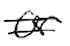
Text: or
Cross-out: double-line
Writing tool: digital_black